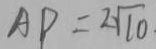
A P = 2 \sqrt { 1 0 }